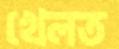
খেলত